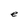
Character: e